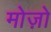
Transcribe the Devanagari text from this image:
मोज़ो